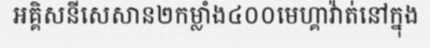
អគ្គិសនីសេសាន២កម្លាំង៤០០មេហ្គាវ៉ាត់នៅក្នុង